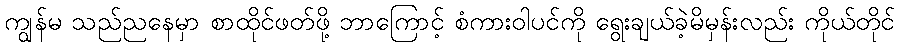
ကျွန်မ သည်ညနေမှာ စာထိုင်ဖတ်ဖို့ ဘာကြောင့် စံကားဝါပင်ကို ရွေးချယ်ခဲ့မိမှန်းလည်း ကိုယ်တိုင်